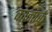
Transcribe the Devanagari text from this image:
कानार्क